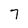
Character: 7